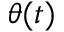
\theta ( t )